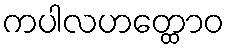
ကပါလဟတ္ထောဝ